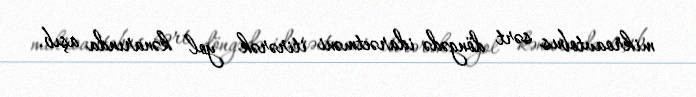
mikroavtobus sərt döngədə idarəetməni itirərək yol kənarında aşıb.